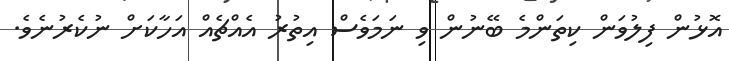
އޮޅުން ފިލުވަން ކިތަންމެ ބޭނުން ވި ނަމަވެސް އިތުރު އެއްޗެއް އަހާކަށް ނުކެރުނެވެ.